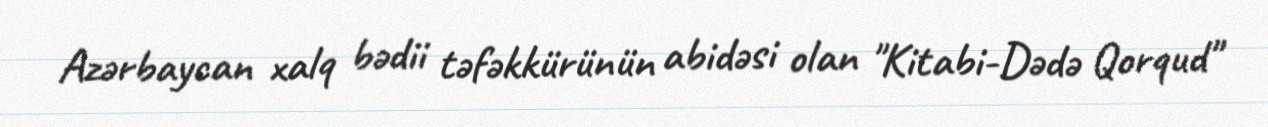
Azərbaycan xalq bədii təfəkkürünün abidəsi olan "Kitabi-Dədə Qorqud"